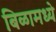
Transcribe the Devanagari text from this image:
बिळामध्ये